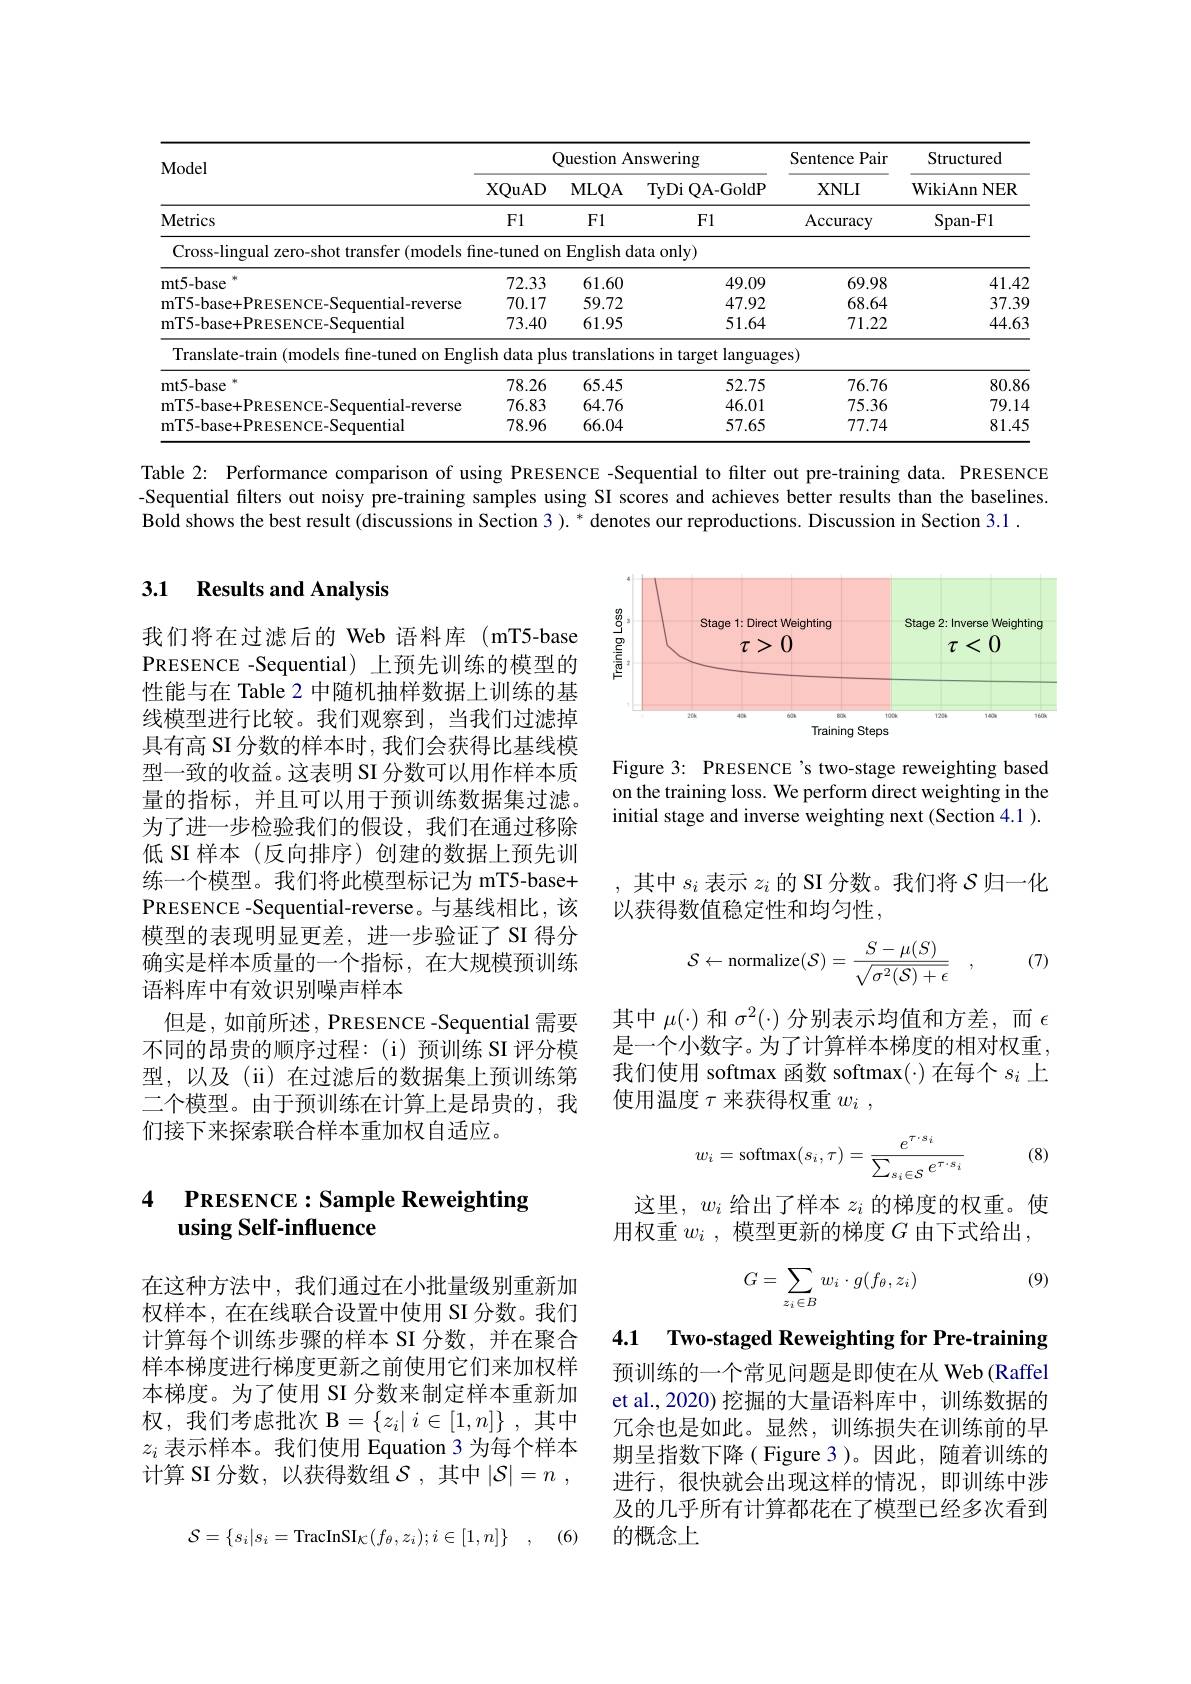
<table>
	<tbody>
		<tr>
			<th rowspan="2">Model</th>
			<th colspan="3">Question Answering</th>
			<th rowspan="2">Sentence Pair $XNLI$</th>
			<th rowspan="2">Structured ${\mathrm{WikiAnn~NER}}$</th>
		</tr>
		<tr>
			<th>XQuAD</th>
			<th>MLQA</th>
			<th>${\mathrm{TyDi~QA-GoldP}}$</th>
		</tr>
		<tr>
			<td>Metrics</td>
			<td>F1</td>
			<td>F1</td>
			<td>F1</td>
			<td>Accuracy</td>
			<td>Span- F1</td>
		</tr>
		<tr>
			<td>Cross-lingual zero-shot transfer (models fi</td>
			<td>ne-tuned on</td>
			<td>$\operatorname{English}$da</td>
			<td>$taonly)$</td>
			<td> </td>
			<td> </td>
		</tr>
		<tr>
			<td>mt5- base 冰</td>
			<td>72.33</td>
			<td>61.60</td>
			<td>49.09</td>
			<td>69.98</td>
			<td>41.42</td>
		</tr>
		<tr>
			<td>mT5- base+ PRESENCE- Sequential- reverse</td>
			<td>70.17</td>
			<td>59.72</td>
			<td>47.92</td>
			<td>68.64</td>
			<td>37.39</td>
		</tr>
		<tr>
			<td>mT5-base+PRESENCE-Sequential</td>
			<td>73.40</td>
			<td>61.95</td>
			<td>51.64</td>
			<td>71.22</td>
			<td>44.63</td>
		</tr>
		<tr>
			<td>Translate-train (models fine-tuned on Engl</td>
			<td>ish data plu</td>
			<td>translatic $lS$</td>
			<td>ns in target languag</td>
			<td>es)</td>
			<td> </td>
		</tr>
		<tr>
			<td>mt5- base 冰</td>
			<td>78.26</td>
			<td>65.45</td>
			<td>52.75</td>
			<td>76.76</td>
			<td>80.86</td>
		</tr>
		<tr>
			<td>mT5- base+ PRESENCE- Sequential- reverse</td>
			<td>76.83</td>
			<td>64.76</td>
			<td>46.01</td>
			<td>75.36</td>
			<td>79.14</td>
		</tr>
		<tr>
			<td>mT5- base+ PRESENCE- Sequential</td>
			<td>78.96</td>
			<td>66.04</td>
			<td>57.65</td>
			<td>77.74</td>
			<td>81.45</td>
		</tr>
	</tbody>
</table>

Table 2: Performance comparison of using PRESENCE -Sequential to filter out pre-training data. PRESENCE -Sequential filters out noisy pre-training samples using SI scores and achieves better results than the baselines. Bold shows the best result (discussions in Section 3 ). * denotes our reproductions. Discussion in Section 3.1 .

## 3.1 Results and Analysis

<FigureHere>

Figure 3: PRESENCE 's two-stage reweighting based on the training loss. We perform direct weighting in the initial stage and inverse weighting next (Section 4.1 ).

,其中$s_i$表示$z_i$的 SI 分数。我们将$\mathcal{S}$归一化
以获得数值稳定性和均匀性，

我们将在过滤后的 Web 语料库 (mT5-base PRESENCE -Sequential) 上预先训练的模型的性能与在 Table 2 中随机抽样数据上训练的基线模型进行比较。我们观察到，当我们过滤掉具有高 SI 分数的样本时，我们会获得比基线模型一致的收益。这表明 SI 分数可以用作样本质量的指标，并且可以用于预训练数据集过滤。为了进一步检验我们的假设，我们在通过移除低 SI 样本(反向排序)创建的数据上预先训练一个模型。我们将此模型标记为 mT5-base+ PRESENCE -Sequential-reverse。与基线相比，该模型的表现明显更差，进一步验证了 SI 得分确实是样本质量的一个指标，在大规模预训练语料库中有效识别噪声样本
但是，如前所述，PRESENCE -Sequential 需要不同的昂贵的顺序过程：(i)预训练 SI 评分模型，以及(ii)在过滤后的数据集上预训练第二个模型。由于预训练在计算上是昂贵的，我们接下来探索联合样本重加权自适应。
$$\mathcal{S}\leftarrow\text{normalize}(\mathcal{S})=\frac{S-\mu(S)}{\sqrt{\sigma^2(\mathcal{S})+\epsilon}}\quad,\quad(7)$$
其中$\mu(\cdot)$和$\sigma^2(\cdot)$分别表示均值和方差，而$\epsilon$ 是一个小数字。为了计算样本梯度的相对权重我们使用 softmax 函数 softmax(·)在每个$s_i$上使用温度$\tau$来获得权重$w_i$,

(8)
$$w_i=\operatorname{softmax}(s_i,\tau)=\frac{e^{\tau\cdot s_i}}{\sum_{s_i\in\mathcal{S}}e^{\tau\cdot s_i}}$$
### 4 PRESENCE:Sample Reweighting using Self-influence

这里，$w_i$给出了样本$z_i$的梯度的权重。使用权重$w_i$ ,模型更新的梯度$G$由下式给出，

(9)
$$G=\sum\limits_{z_i\in B}w_i\cdot g(f_\theta,z_i)$$
4.1 Two-staged Reweighting for Pre-training

在这种方法中，我们通过在小批量级别重新加权样本，在在线联合设置中使用 SI 分数。我们计算每个训练步骤的样本 SI 分数，并在聚合样本梯度进行梯度更新之前使用它们来加权样本梯度。为了使用 SI 分数来制定样本重新加权，我们考虑批次 B$= \{ z_i|$ $i\in [ 1, n] \}$,其中$z_i$表示样本。我们使用 Equation 3 为每个样本计算 SI 分数，以获得数组$\mathcal{S}$,其中$| \mathcal{S} | = n$ ,

预训练的一个常见问题是即使在从 Web (Raffel et al., 2020) 挖掘的大量语料库中，训练数据的冗余也是如此。显然，训练损失在训练前的早期呈指数下降( Figure 3 )。因此，随着训练的进行，很快就会出现这样的情况，即训练中涉及的几乎所有计算都花在了模型已经多次看到的概念上

(6)
$$\mathcal{S}=\{s_i|s_i=\text{TracInSI}_{\mathcal{K}}(f_\theta,z_i);i\in[1,n]\}\quad,$$